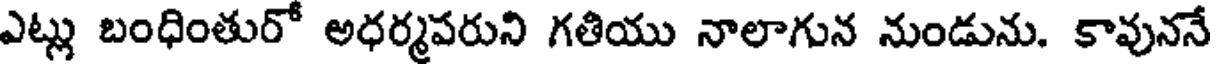
ఎట్లు బంధింతురో అధర్మపరుని గతియు నాలాగున నుండును. కావుననే